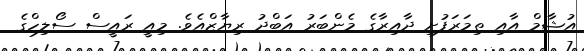
އުޝާމް އާއި ތިމަރަފުށި ދާއިރާގެ މެންބަރު އަބްދު ރިޔާޒްއެވެ. މިއީ ރައީސް ސޯލިހްގެ